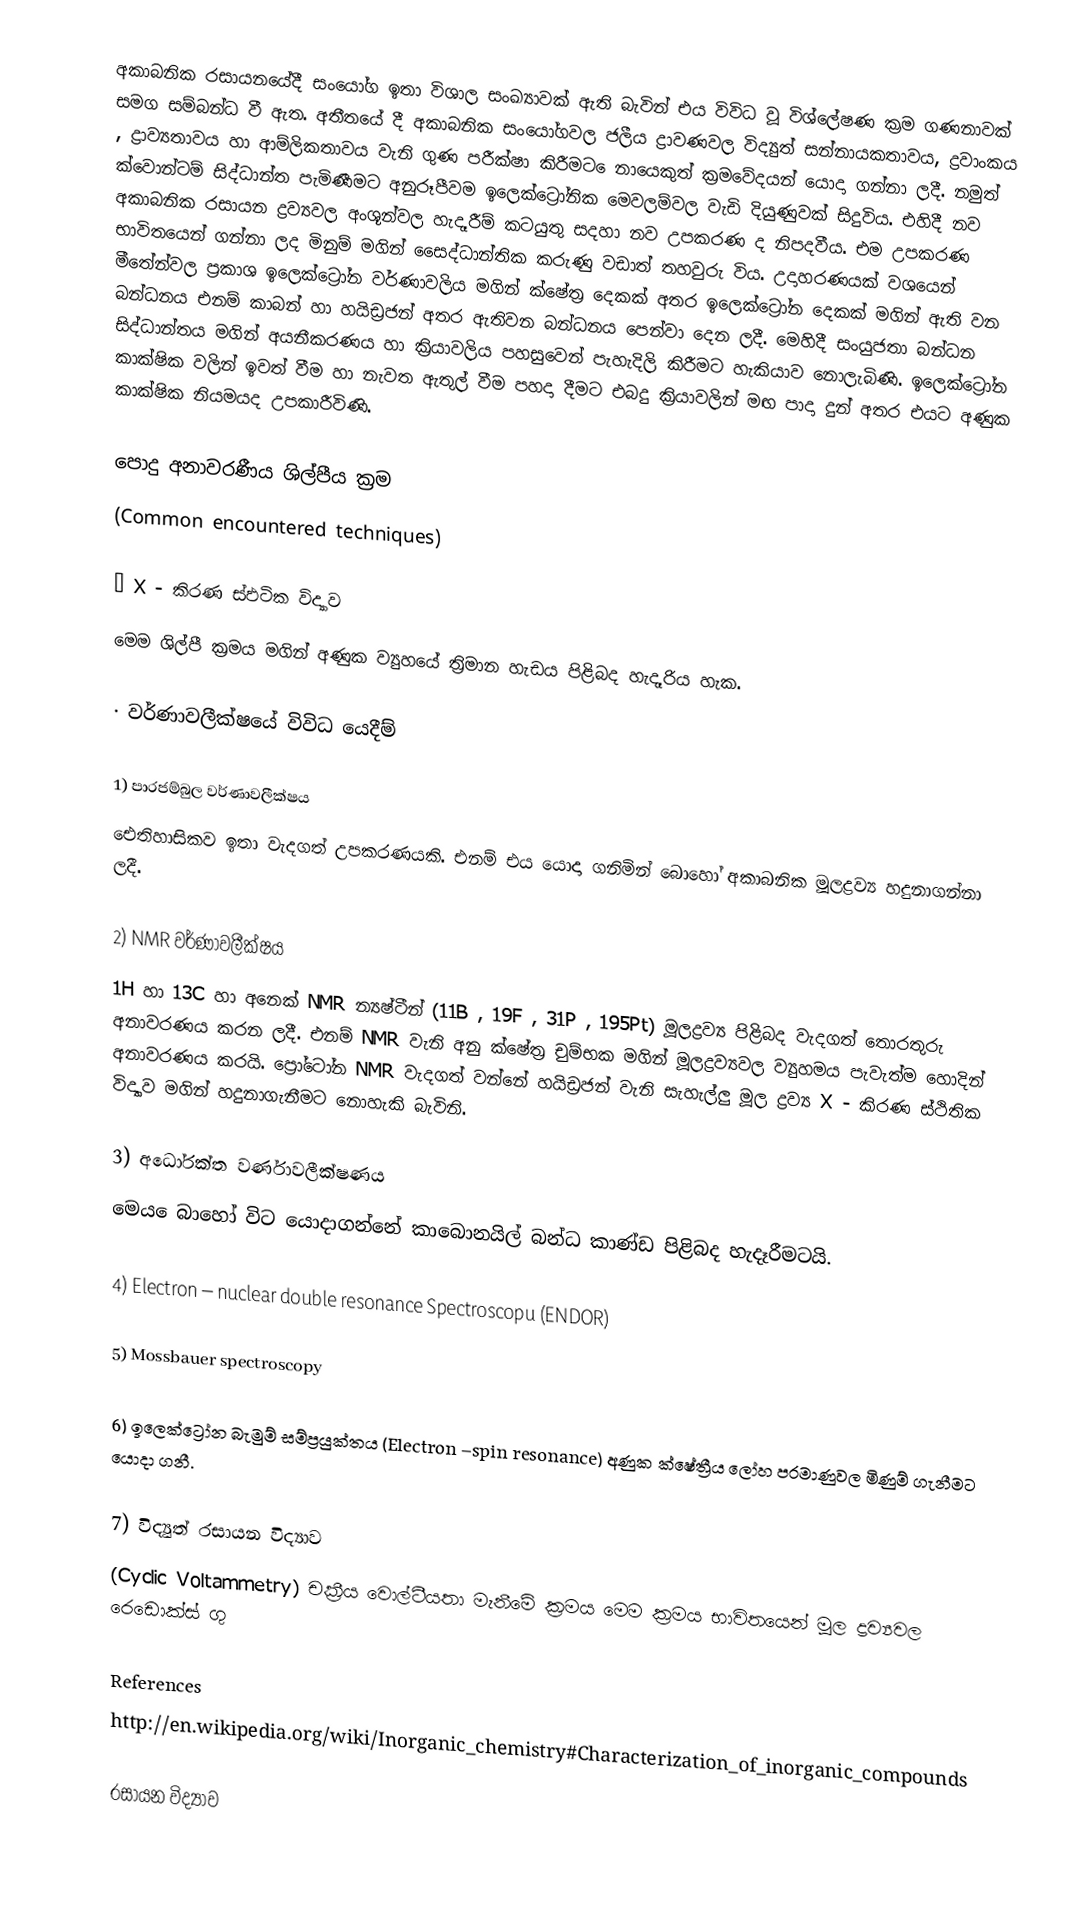
අකාබනික රසායනයේදී සංයෝග ඉතා විශාල සංඛ්‍යාවක් ඇති බැවින්  එය විවිධ වූ විශ්ලේෂණ ක්‍රම ගණනාවක් සමග සම්බන්ධ වී ඇත.  අතීතයේ දී  අකාබනික සංයෝගවල ජලීය ද්‍රාවණවල විද්‍යුත් සන්නායකතාවය, ද්‍රවාංකය , ද්‍රාව්‍යතාවය හා ආම්ලිකතාවය වැනි ගුණ පරීක්ෂා කිරීමට ‍ෙනායෙකුත් ක්‍රමවේදයන් යොදා ගන්නා ලදී. නමුත් ක්වොන්ටම් සිද්ධාන්ත පැමිණීමට අනුරූපීවම ඉලෙක්ට්‍රෝනික මෙවලම්වල වැඩි දියුණුවක් සිදුවිය. එහිදී නව අකාබනික රසායන ද්‍රව්‍යවල අංශූන්වල හැදෑරීම් කටයුතු සදහා නව උපකරණ ද නිපදවීය. එම උපකරණ භාවිතයෙන් ගන්නා ලද මිනුම් මගින් සෛද්ධාන්තික කරුණු වඩාත් තහවුරු විය. උදාහරණයක් වශයෙන් මීතේන්වල ප්‍රකාශ ඉලෙක්ට්‍රෝන වර්ණාවලිය මගින් ක්ෂේත්‍ර දෙකක් අතර ඉලෙක‍්ට්‍රෝන දෙකක් මගින් ඇති වන බන්ධනය එනම් කාබන් හා හයිඩ්‍රජන් අතර ඇතිවන බන්ධනය පෙන්වා දෙන ලදී. මෙහිදී සංයුජතා බන්ධන සිද්ධාන්තය මගින් අයනීකරණය හා ක්‍රියාවලිය පහසුවෙන් පැහැදිලි කිරීමට හැකියාව නොලැබිණි. ඉලෙක්ට්‍රෝන කාක්ෂික වලින් ඉවත් වීම හා නැවත ඇතුල් වීම පහදා දීමට එබදු ක්‍රියාවලින් මඟ පාදා දුන් අතර එයට අණුක කාක්ෂික නියමයද උපකාරීවිණි.

පොදු අනාවරණීය ශිල්පීය ක්‍රම
(Common encountered techniques)

·	X - කිරණ ස්ඵටික විද්‍යාව
මෙම ශිල්පී ක්‍රමය මගින් අණුක ව්‍යුහයේ ත්‍රිමාන හැඩය පිළිබද හැදෑරිය හැක.

·	වර්ණාවලීක්ෂයේ විවිධ යෙදීම්

1)	පාරජම්බුල වර්ණාවලීක්ෂය
ඓතිහාසිකව ඉතා වැදගත් උපකරණයකි. එනම් එය යොදා ගනිමින් බොහෝ අකාබනික මූලද්‍රව්‍ය හදුනාගන්නා ලදී.

2)	NMR  වර්ණාවලීක්ෂය
	1H  හා 13C  හා අනෙක් NMR න්‍යෂ්ටීන් (11B , 19F , 31P , 195Pt)  මූලද්‍රව්‍ය පිළිබද වැදගත් තොරතුරු අනාවරණය කරන ලදී. එනම් NMR වැනි අනු ක්ෂේත්‍ර චුම්භක මගින් මූලද්‍රව්‍යවල ව්‍යුහමය පැවැත්ම හොදින් අනාවරණය කරයි. ප්‍රෝටෝන NMR වැදගත් වන්නේ හයිඩ්‍රජන් වැනි සැහැල්ලු මූල ද්‍රව්‍ය X - කිරණ ස්ථිතික විද්‍යාව මගින් හදුනාගැනීමට නොහැකි බැවිනි.

3)	අධෝරක්ත වර්ණාවලීක්ෂණය
	මෙය ‍ෙබාහෝ විට යොදාගන්නේ කාබොනයිල් බන්ධ කාණ්ඩ පිළිබද හැදෑරීමටයි.

4)	Electron – nuclear double resonance Spectroscopu (ENDOR)

5)	Mossbauer spectroscopy

6)	ඉලෙක්ට්‍රෝන බැමුම් සම්ප්‍රයුක්තය (Electron –spin resonance) අණුක ක්ෂේත්‍රීය ලෝහ පරමාණුවල මිණුම් ගැනීමට යොදා ගනී.

7)	විද්‍යුත් රසායන විද්‍යාව
(Cyclic Voltammetry)  චක්‍රීය වොල්ටීයතා මැනීමේ ක්‍රමය මෙම ක්‍රමය භාවිතයෙන් මූල ද්‍රව්‍යවල රෙඩොක්ස් ගු

References
http://en.wikipedia.org/wiki/Inorganic_chemistry#Characterization_of_inorganic_compounds

 රසායන විද්‍යාව